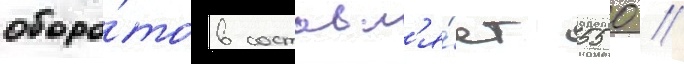
оборо́тов составл'я́ет 550 //